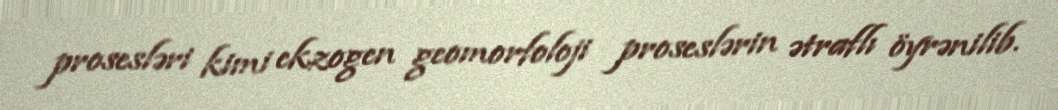
prosesləri kimi ekzogen geomorfoloji proseslərin ətraflı öyrənilib.